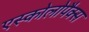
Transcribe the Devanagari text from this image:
एस्कोलोपैक्स